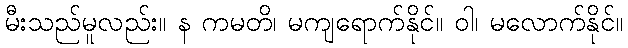
မီးသည်မူလည်း။ န ကမတိ၊ မကျရောက်နိုင်။ ဝါ၊ မလောက်နိုင်။